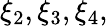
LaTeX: \xi_{2},\xi_{3},\xi_{4},